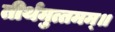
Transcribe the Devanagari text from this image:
तीर्थमुत्तमम्‌॥